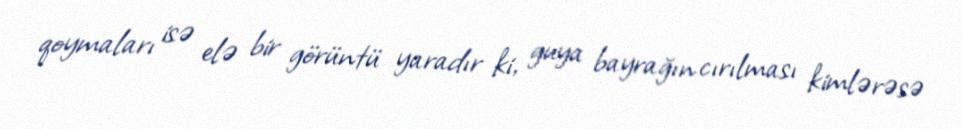
qoymaları isə elə bir görüntü yaradır ki, guya bayrağın cırılması kimlərəsə